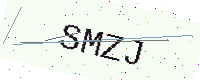
Text: SMZJ